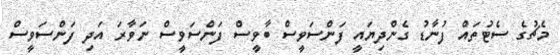
މެޗުގެ ސެޓުތައް ފުނާޑު ގެންދިޔައީ ފަންސަވީސް ބާވީސް ފަންސަވީސް ނަވާރަ އަދި ފަންސަވީސް